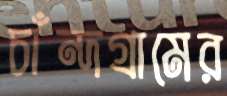
চাঁন্দগ্রামের